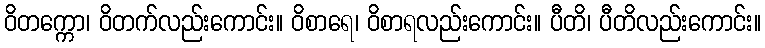
ဝိတက္ကော၊ ဝိတက်လည်းကောင်း။ ဝိစာရေ၊ ဝိစာရလည်းကောင်း။ ပီတိ၊ ပီတိလည်းကောင်း။